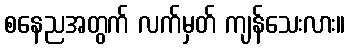
စနေညအတွက် လက်မှတ် ကျန်သေးလား။